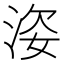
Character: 𱦢